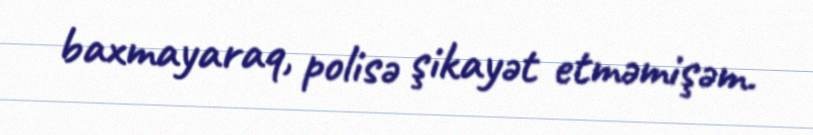
baxmayaraq, polisə şikayət etməmişəm.